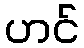
ဟင်